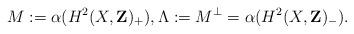
LaTeX: \begin{align*}M:=\alpha(H^{2}(X,{\bf Z})_{+}),\Lambda:=M^{\perp}=\alpha(H^{2}(X,{\bf Z})_{-}).\end{align*}